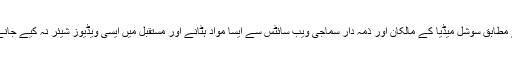
خط کے متن کے مطابق سوشل میڈیا کے مالکان اور ذمہ دار سماجی ویب سائٹس سے ایسا مواد ہٹانے اور مستقبل میں ایسی ویڈیوز شیئر نہ کیے جانے کو یقینی بنائیں۔